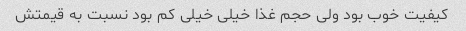
کیفیت خوب بود ولی حجم غذا خیلی خیلی کم بود نسبت به قیمتش